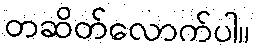
တဆိတ်လောက်ပါ။